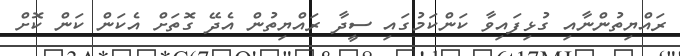
ރައްޔިތުންނާއި ގުޅިފައިވާ ކަންކަމުގައި ސީދާ ރައްޔިތުން އެދޭ ގޮތަށް އެކަން ކަން ކޮށް